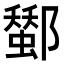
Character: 𨞷